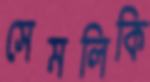
সেমলিকি